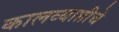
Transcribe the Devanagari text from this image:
कालव्याप्तीचे